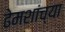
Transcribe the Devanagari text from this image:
ढेमशांच्या